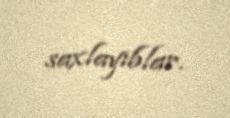
saxlayıblar.